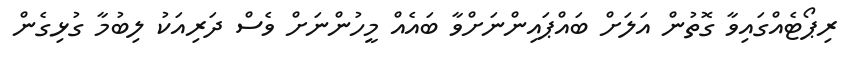
ރިޕޯޓެއްގައިވާ ގޮތުން އަލަށް ބައްޕައިންނަށްވާ ބައެއް މީހުންނަށް ވެސް ދަރިއަކު ލިބުމާ ގުޅިގެން